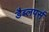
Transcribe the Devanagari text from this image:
डैब्लपर्स